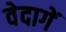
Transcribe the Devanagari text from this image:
वेदागें